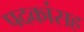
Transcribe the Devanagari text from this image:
पदकांसह